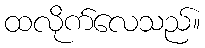
ထလိုက်လေသည်။